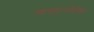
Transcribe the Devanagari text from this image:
व्यवहारविशिष्ट